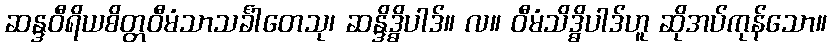
ဆန္ဒဝီရိယစိတ္တဝီမံသာသင်္ခါတေသု၊ ဆန္ဒိဒ္ဓိပါဒ်။ လ။ ဝီမံသိဒ္ဓိပါဒ်ဟူ ဆိုအပ်ကုန်သော။